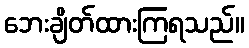
ဘေးချိတ်ထားကြရသည်။